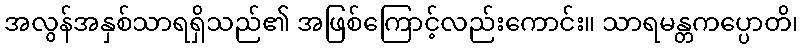
အလွန်အနှစ်သာရရှိသည်၏ အဖြစ်ကြောင့်လည်းကောင်း။ သာရမန္တကပ္ပောတိ၊